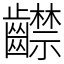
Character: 齽